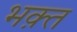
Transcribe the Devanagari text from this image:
भक़्त